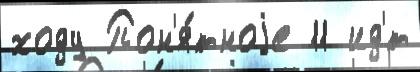
ходу Пон'я́тноjе 11 ид'́т